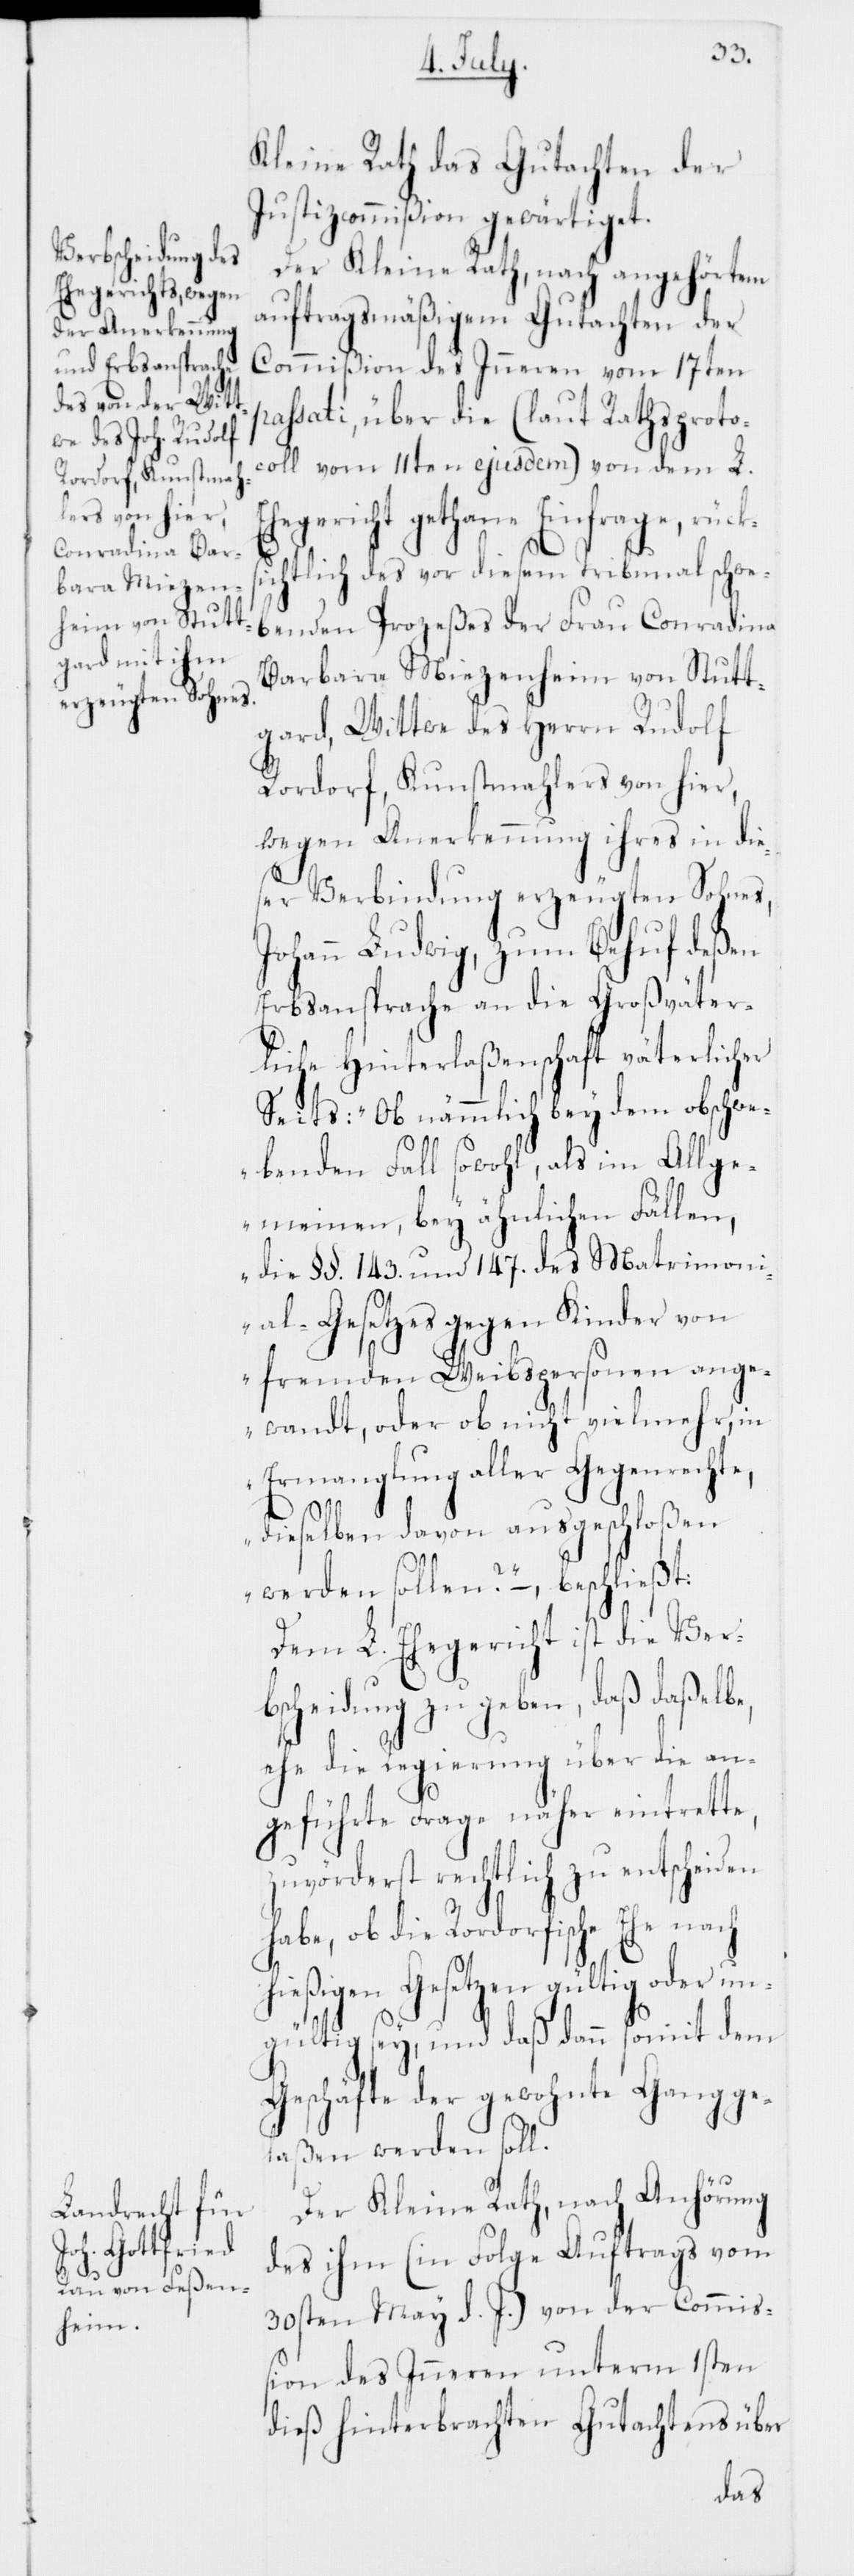
Kleine Rath das Gutachten der
Justizcommißion gewärtiget.
Der Kleine Rath, nach angehörtem
auftragsmäßigem Gutachten der
Commißion des Inneren vom 17ten
passati, über die (laut Rathsproto¬
coll vom 11ten ejusdem) von dem L.
hegericht gethane Einfrage, rücks¬
E¬
ichtlich des vor diesem Tribunal schwe¬
benden Prozeßes der Frau Conradina
Barbara Miezenheim von Stutt¬
gard, Wittwe des Herrn Rudolf
Rordorf, Kunstmahlers von hier,
wegen Anerkennung ihres in di¬
eser Verbindung erzeugten Sohnes,
Johann Ludwig, zum Behuf deßen
Erbsansprache an die Großväter¬
liche Hinterlaßenschaft väterlicher
Seits: „Ob nämmlich bey dem obschwe¬
benden Fall sowohl, als im Allge¬
meinen, bey ähnlichen Fällen,
die §§. 143. und 147. des Matrimon¬
ial-Gesetzes gegen Kinder von
fremden Weibspersonen ange¬
wandt, oder ob nicht vielmehr, in
Ermanglung aller Gegenrechte,
dieselben davon ausgeschloßen
werden sollen?“ – beschließt:
Dem L. Ehegericht ist die Verb¬
scheidung zu geben, daß daßelbe,
ehe die Regierung über die an¬
geführte Frage näher eintrette,
zuvörderst rechtlich zu entscheiden
habe, ob die Rordorfische Ehe nach
hießigen Gesetzen gültig oder un¬
gültig sey, und daß dann somit dem
Geschäfte der gewohnte Gang ge¬
laßen werden soll.
Der Kleine Rath, nach Anhörung
des ihm (in Folge Auftrags vom
30sten May d. J.) von der Commiß¬
ion des Inneren unterm 1sten
dieß hinterbrachten Gutachtens über